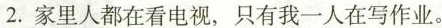
2.家里人都在看电视，只有我一人在写作业。